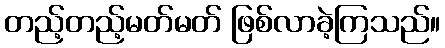
တည့်တည့်မတ်မတ် ဖြစ်လာခဲ့ကြသည်။